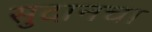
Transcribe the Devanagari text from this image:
सुदानचा